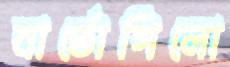
বার্তোগিলো